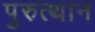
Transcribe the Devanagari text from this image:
पुरुत्थान